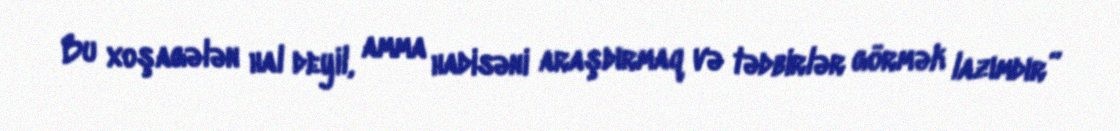
Bu xoşagələn hal deyil, amma hadisəni araşdırmaq və tədbirlər görmək lazımdır”